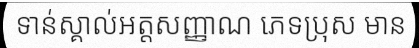
ទាន់ស្គាល់អត្តសញ្ញាណ ភេទប្រុស មាន